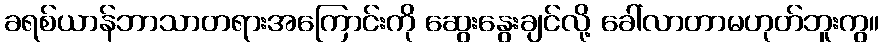
ခရစ်ယာန်ဘာသာတရားအကြောင်းကို ဆွေးနွေးချင်လို့ ခေါ်လာတာမဟုတ်ဘူးကွ။